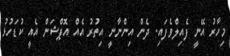
މިހާރު އޭނީ ފެއިލްވެފައި. ދެން އިންނާނީ އިތުރު އެއް އޮޕްޝަން އެއީ ކުޑަހުޅު